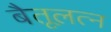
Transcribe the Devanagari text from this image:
बैतूलत्न